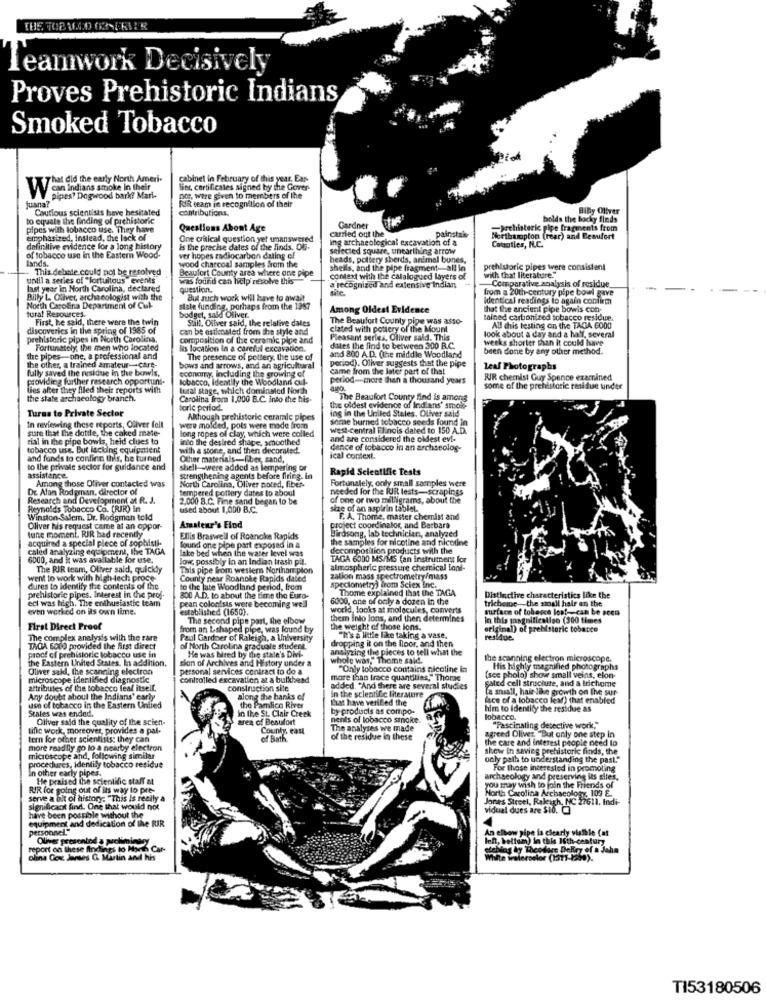
Teamwork Decisively
Proves Prehistoric Indians
Smoked Tobacco
That did the early North Ameri-
cabinet in February of this year. Ean-
VV con indians smoke In their
Sier, certificates signed by the Gover-
juana?
pipes? Dogwood bark? Mari-
RIR team in recognition of their
nor, were given to members of the
Cautious scientists have hesitated
contributions.
Billy Oliver
to equale the finding of prehistoric
bolds the bocky finds
pipes with tobacco use. They have
Questions About Age
carried out the
Gardner
painstak-
-Prehistoric pipe fragments from
emphasized, instead, the lack of
One critical question yet unanswered
ing archaeological excavation of a
Northampton (rear) and Beaufort
definitive evidence for a long history
is the precise dates of the finds. Of-
selected square, unearthing arrow
Causaties, I.C.
lands.
of tobacco use in the Eastern Wood-
ver hopes radiocarbon dating el
heads, pottery sherds, animal bones,
This debate could not be resolved
wood charcoal samples from the
Beaufort County area where one pipe
shells, and the pipe fragment-all in
with that literature."
prehistoric pipes were consistent
until a series of "fortuitous events
was found can help resolve this
context with the catalogued layers of
last year in North Carolina, declared
question.
a recognized and extensive indian
site.
from a 20th-century pipe bowl gave
Comparative analysis of residue
Billy L Oliver, archaeologist with the
But auch work will have to await
Identical readings to again confirm
North Carolina Department of Cuk-
tural Resources.
stale funding, porhaps from the 1987
budget, sa&d Oliver.
Among Oldest Evidence
that the ancient pipe bowls con-
First, he said, there were the twin
Sull. Oliver said, the relative dales
The Beaufort County pipe was asso-
tained carbonized tobacco residue.
discoveries in the spring of 1985 of
can be esticnated from the style and
clated with pottery of the Mount
All this testing on the TAGA 6000
prehistoric pipes in North Carolina.
composition of the ceramic pipe and
Pleasant series, Oliver said. This
look about a day and a half, several
weeks shorter than it could have
Fortunately, the men who located
Ris location in a careful excavation.
and 800 A.D. (the middle Woodland
dates the find to between 300 B.C.
been done by any other method.
the pipes-one, a professional and
The presence of pottery. the use of
period. Oliver suggests that the pipe
the other, a trained amateur -- cart-
fully saved the residue in the bowls,
bows and arrows, and an agricultural
economy, including the growing of
came from the later part of that
Leal Photographs
providing further research opportuni.
Iobacco, Identity the Woodlands al-
period-more than a thousand years
RIR chemist Guy Spence examined
lies after they filed their reports with
luzal stage, which dominated North
ago.
some of the prehistoric residue under
the state archaeology branch.
Carolina from 1,000 B.C. into the his-
The Beaufort County find is amons
Turns to Private Sector
toric period.
ing in the United States. Oliver said
the oldest evidence of Indians' smok-
Although prehistoric ceramic pipes
some burned tobacco seeds found in
sure that the dotile, the caked mate-
In reviewing these reports, Oliver fell
long ropes of clay, which were colled
were molded, pols were made from
west-central Flinois dated to 150 A.D.
rial in the pipe bowls, held clues to
into the desired shape, smoothed
and are considered the oldest evi-
tobacco use. But lacking equipment
with a stone, and then decoraled.
dence of tobacco in an archaeolog-
and funds to confine this, be turned
Other materials-fiber, sand,
ical context.
to the private sector for guidance and
shell -- were added as lempering or
Rapid Scientific Tests
assistance.
Among those Oliver contacted was
Strengthening agents before firing. in
North Carolina, Oliver pored, fiber-
Fortunately, only small samples were
DE Alan Rodaman, director of
tempered pottery dates to aboul
needed for the RJR lests-scrapings
Research and Development at R. J.
2,000 B.C. Fine sand began to be
of one or two milligrams, about the
Reynolds Tobacco Co. (RJR) in
used about 1,000 B.C.
size of an aspirin tablet.
Winston-Salem. Dr. Rodigran told
F. A. Thome, master chemist and
tune moment. RIR bad recently
Oliver his request came ai an oppor-
Amateur's Find
Birdsong, lab technician, analyzed
project coordinator, and Barbara
acquired a special piece of sophisti-
Ellis Braswell of Roanoke Rapids
the samples for nicotine and nicotine
caled analyzing equipment, the TAGA
lake bed when the water level was
found one pipe part exposed in a
decomposition products with the
6000, and it was available for use.
low, possibly in an Indian trash pil.
TAGA 6000 MS/MS (an instrument for
The RIR team, Oliver said, quickly
This pipe from western Northam pion
almospheric pressure chemical font-
went to work with high-tech proce-
County near Roanoke Rapids dated
zation mass spectrometry/mass
dures to identify the contents of the
to the late Woodland period, from
speciometry) irom Sciex Inc.
Thome explained that the TAGA
prehistoric pipes. Interest in the prof.
eci was high. The enthusiastic team
pean colonists were becoming well
800 A.D. to about the time the Euro-
6000, ane of only a dozen in the
trichome the moall hair on the
Distinctive characteristics like the
even worked on its own lime.
established (1650).
world, looks at molecules, converts
surface of tobavce lost-can be seen
The second pipe part, the elbow
In this gangpification (300 times
First Direct Proof
from an L-shaped pipe, was found by
the weight of those ions.
original) of prehistoric tobacco
The complex analysis with the rare
Paul Gardner of Raleigh, a University
dropping it on the floor, and then
"It's a little like taking a vase.
residue.
TAGA 6000 provided the first direct
of North Carolina graduate student.
He was bired by the state's Divi-
analyzing the pieces to tell what the
proof of prehistoric tobacco use in
the Eastern United States. In addition.
sion of Archives and History under a
whole was," Theme sald.
the scanning electron microscope.
Oliver sak, the scanning electron
personal services contract to do a
"Only tobacco contains nicotine in
His highly magnified photographs
microscope identified diagnostic
controlled excavation at a bulkhead
more than trace quantilies," Thome
sated cell structure, and a trichome
[see pholo) show small veins, elon-
attributes of the tobacco leal itself.
construction site
added. "And there are several studies
a small, hair like growth on the sur-
Any doubt about the Indians' early
along the banks ef
that have verified the
In the scientific literature
face of a lobacco leaf) that enabled
use of tobacco in the Eastern United
Stales was ended.
in the St. Clair Creek
the Pamlico River
by products as compo-
him to identify the residue as
Oliver said the quality of the scien-
area of Beaufort
nents of tobacco smoke.
lobacco.
tifle work, moreover, provides a pal-
County, east
The analyses we made
"Pascinating detective work,"
tern for other scientists; they can
of Bath
of the residue in these
the care and interest people need to
agreed Oliver. "But only one step in
more readily go lo a nearby electron
show in savieg prehistoric finds, the
microscope and, following similar
procedures, Identify tobacco residue
baly path to understanding the past."
For those interested in promoting
In other early pipes.
He praised the scientific staff at
archaeology and preserving its siles,
RIR for going out of its way to pre-
North Carolina Archaeology, 109 E.
you may wish to join the Friends of
serve a bit of history: "This is really a
Jones Street, Raleigh, NC 27611. Indi-
109 E
significant find. One that would not
vidual dues are $10.
have been possible without the
equipment and dedication of the RIR
personnel."
An elbow pipe is clearly visible (at
Oliver presented a preliminary
left, bettom) in this 16th-century
report on these findings to Nann Car-
stellog ly Theodore DeRey of a Jaha
olina Cox Jantes G. Martin and his
TI53180506